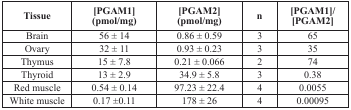
| Tissue | [PGAM1](pmol/mg) | [PGAM2](pmol/mg) | n | [PGAM1]/[PGAM2] |
 | --- | --- | --- | --- | --- |
 | Brain | 56 ± 14 | 0.86 ± 0.59 | 3 | 65 |
 | Ovary | 32 ± 11 | 0.93 ± 0.23 | 3 | 35 |
 | Thymus | 15 ± 7.8 | 0.21 ± 0.066 | 2 | 74 |
 | Thyroid | 13 ± 2.9 | 34.9 ± 5.8 | 3 | 0.38 |
 | Red muscle | 0.54 ± 0.14 | 97.23 ± 22.4 | 4 | 0.0055 |
 | White muscle | 0.17 ±0.11 | 178 ± 26 | 4 | 0.00095 |